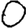
Digit: 0